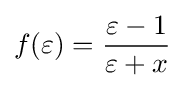
f(\varepsilon )={\frac {\varepsilon -1}{\varepsilon +x}}